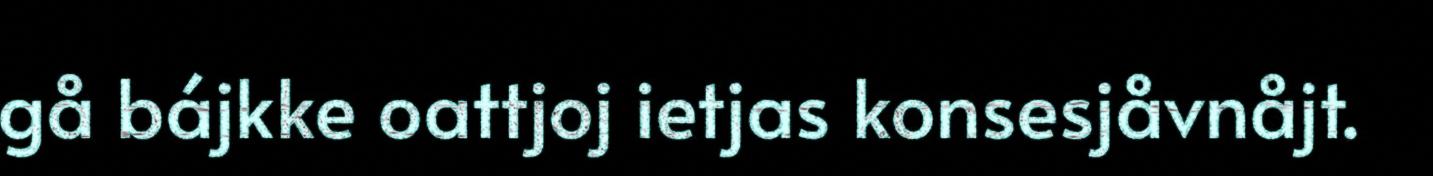
gå bájkke oattjoj ietjas konsesjåvnåjt.